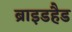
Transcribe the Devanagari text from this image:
ब्राइडहैड